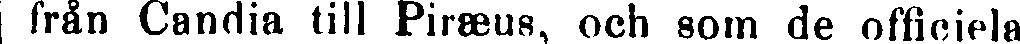
från Candia till Piræus, och som de officiela